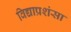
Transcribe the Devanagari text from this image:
विद्याप्रशंसा